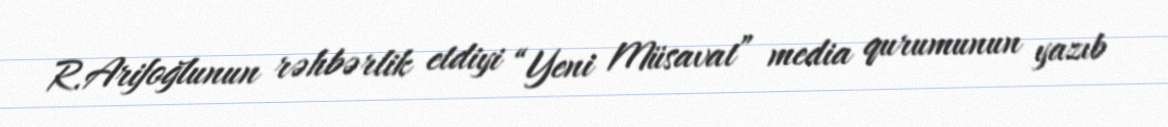
R.Arifoğlunun rəhbərlik etdiyi “Yeni Müsavat” media qurumunun yazıb